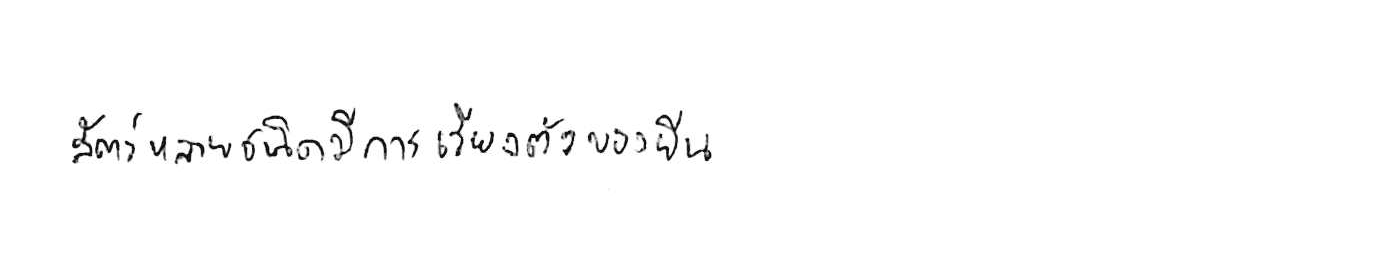
สัตว์หลายชนิดมีการเรียงตัวของยีน